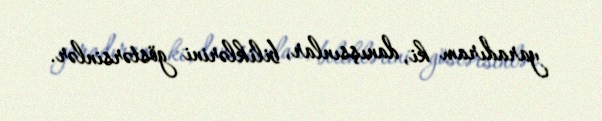
yaradıram ki, danışsınlar, biliklərini göstərsinlər.